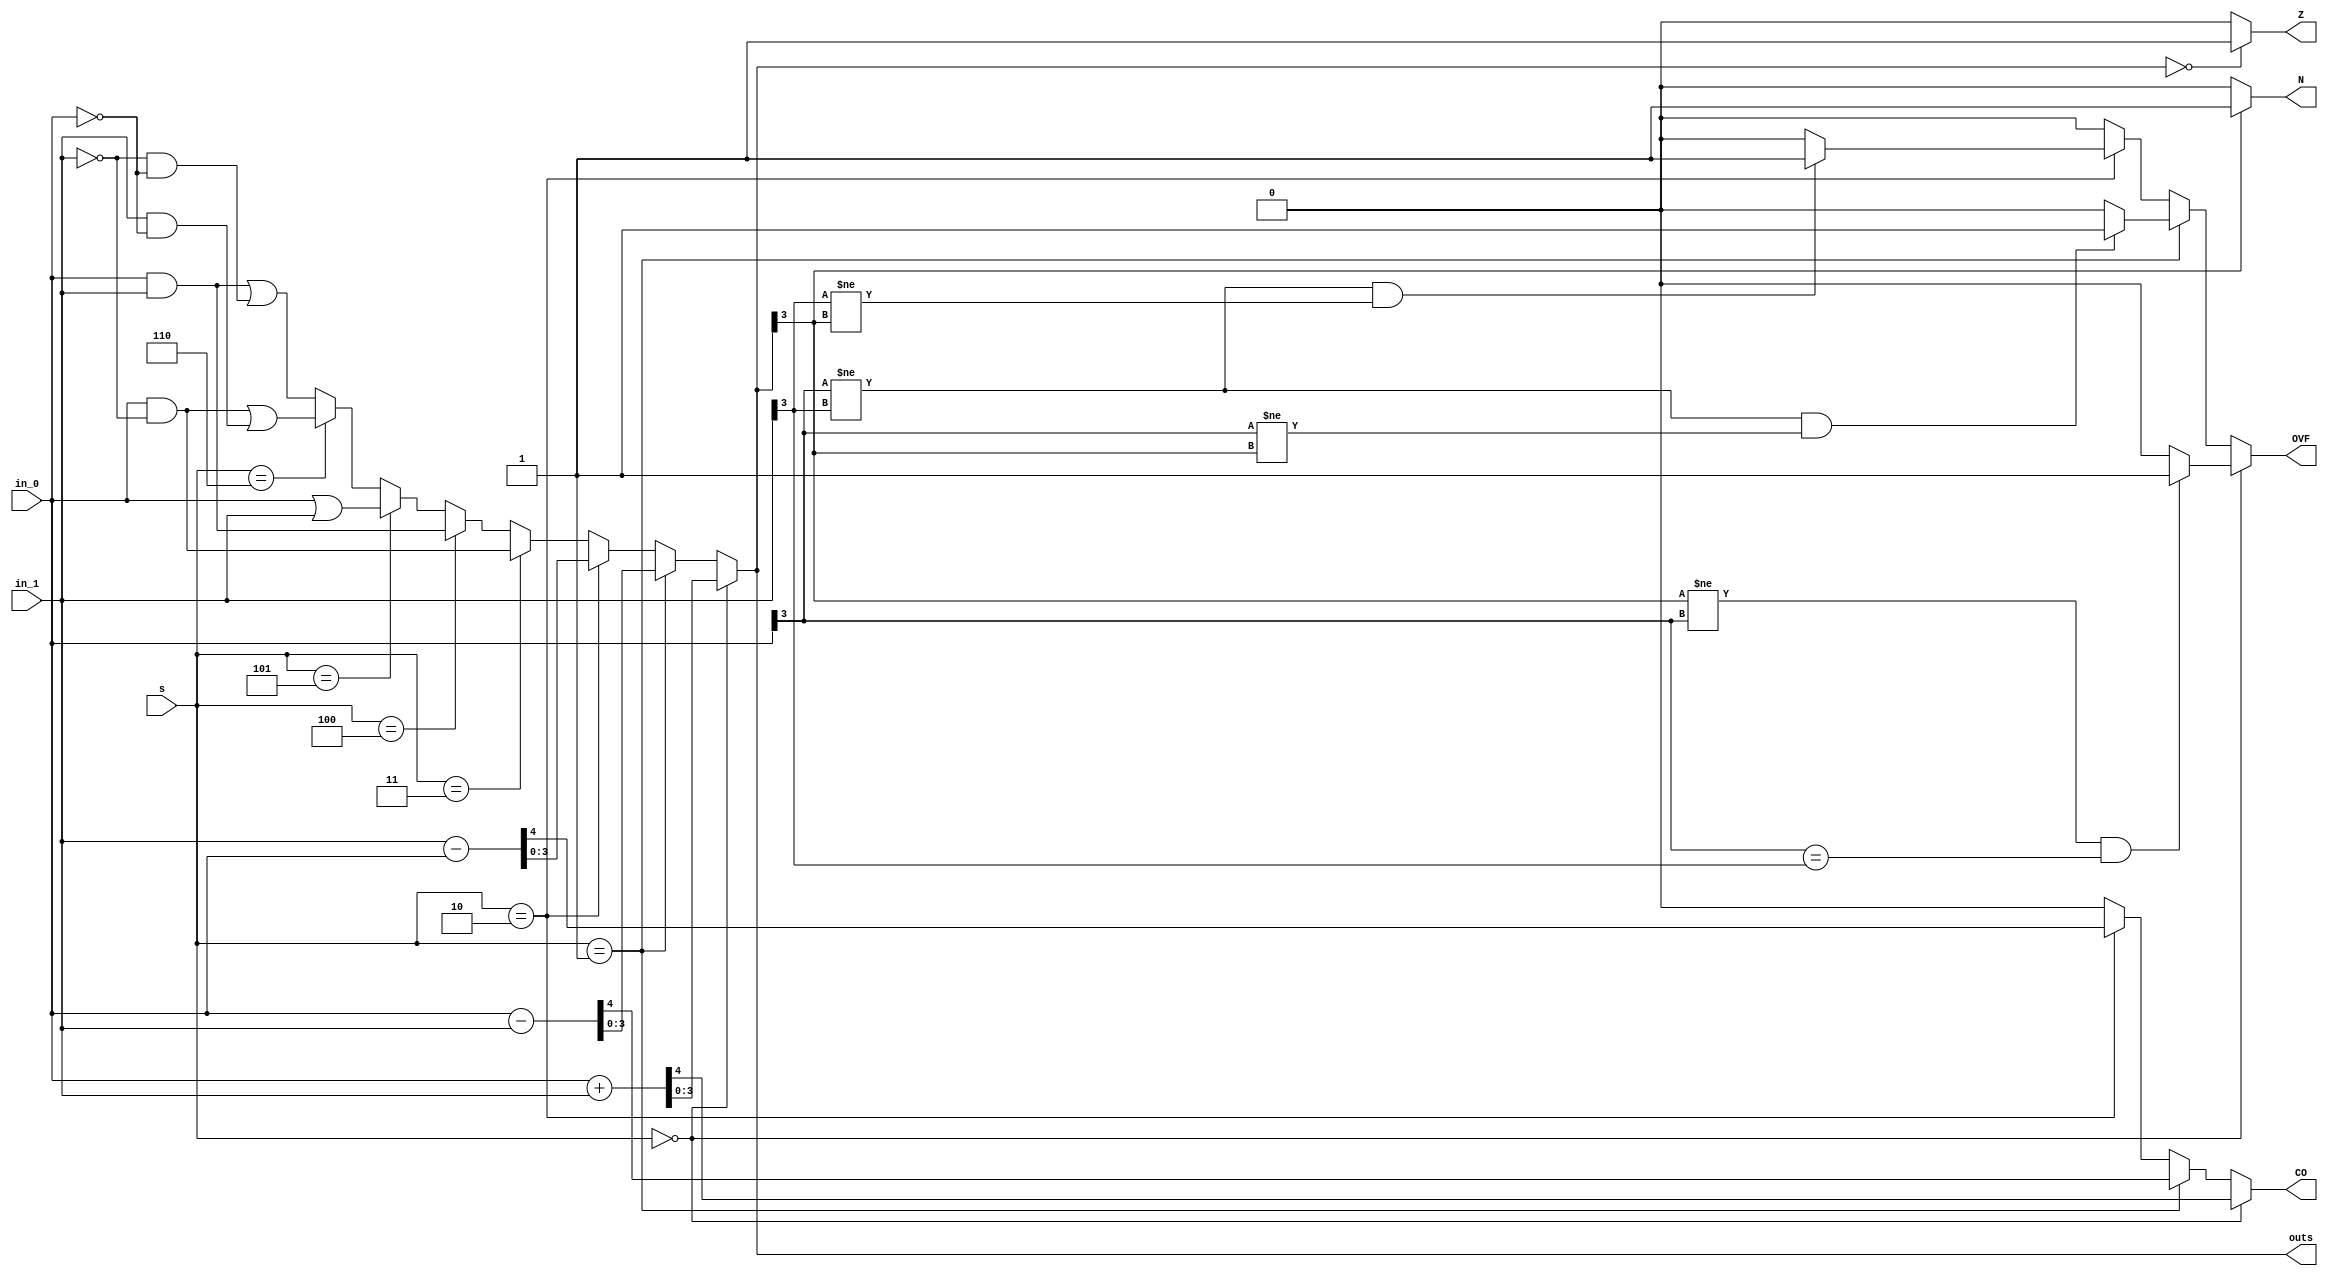
module alu_unit #(
	parameter W=4 
) 
(
	input [W-1:0] in_0, 
	input [W-1:0] in_1, 
	input [2:0] s, 
	output reg [W-1:0] outs, 
	output reg CO, 
	output reg OVF, 
	output reg Z, 
	output reg N 
	
);  
		
always @(*) begin 
	// update the alu flags in the parallel operation 
	if (outs == 0) begin 
		Z <= 1; 
	end
	else begin 
		Z <= 0;  
	end 
	
	if (outs[W-1] == 1) begin 
		N <= 1; 
	end 
	
	else begin 
		N<= 0; 
	end 

	// Implement the input output relations for various cases of the input select. 
	// ALU has 8 functions each corresponding to a value of the select. 
	// Any change in the inputs trigger the output change. To achieve this, 
	// we have used the always block with * 
	if (s == 3'b000) begin 
		{CO, outs} <= in_0 + in_1; // CO is the carry out and it should updated.  
		if (outs[W-1] != in_0[W-1] && (in_0[W-1] == in_1[W-1])) begin // check the sign bits for overflow 
			OVF <= 1; // if the initial signs are different, no overflow can happen 
		end 
		else begin 
			OVF <= 0; 
		end 
	end 
	
	else if (s == 3'b001) begin 
		{CO, outs} <= in_0 - in_1; // CO is the carry out and it should updated.
		if ((in_0[W-1] != in_1[W-1]) && (in_0[W-1] != outs[W-1])) begin 
			OVF <= 1; // if the initial signs are the same, no overflow can happen 
		end 
		else begin 
			OVF <= 0; 
		end 
	end 
	
	else if (s == 3'b010) begin 
		{CO, outs} <= in_1 - in_0; // CO is the carry out and it should updated.
		if ((in_0[W-1] != in_1[W-1]) && (in_1[W-1] != outs[W-1])) begin 
			OVF <= 1; // if the initial signs are the same, no overflow can happen 
		end 
		else begin 
			OVF <= 0; 
		end 
	end 
	
	else if (s == 3'b011) begin 
		outs <= in_0 & (~in_1); 
		// no overflow can happen
		// no carry out
		CO <= 0; 
		OVF <= 0; 
	end 
	
	else if (s == 3'b100) begin 
		outs <= in_0 & in_1; 
		// no overflow can happen
		// no carry out
		CO <= 0; 
		OVF <= 0;
	end

	else if (s == 3'b101) begin 
		outs <= in_0 | in_1;
		// no overflow can happen
		// no carry out
		CO <= 0; 
		OVF <= 0;
	end
	
	else if (s == 3'b110) begin 
		outs <= (in_0 & (~in_1)) | (in_1 & (~in_0));  
		// no overflow can happen
		// no carry out 
		CO <= 0; 
		OVF <= 0;
	end
	
	else begin 
		outs <= (in_0 & in_1) | ((~in_1)& (~in_0)); 
		// no overflow can happen
		// no carry out
		CO <= 0; 
		OVF <= 0;
	end
	
	
	
	
end 
	
endmodule